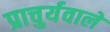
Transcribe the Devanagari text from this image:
प्राचुर्यवाले